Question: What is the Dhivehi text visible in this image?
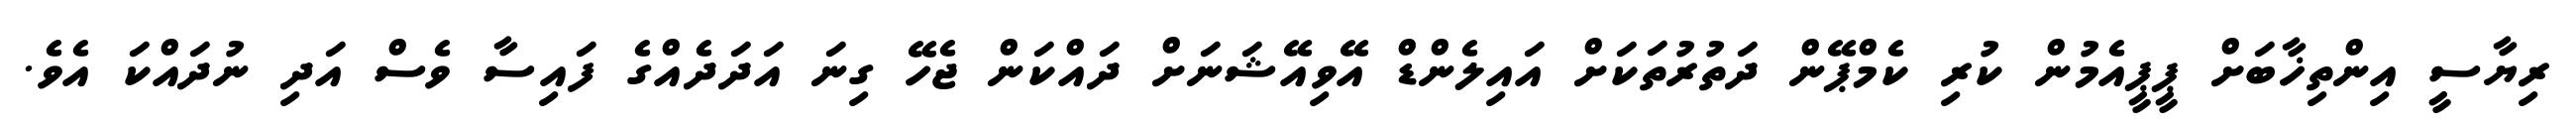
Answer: ރިޔާސީ އިންތިޚާބަށް ޕީޕީއެމުން ކުރި ކެމްޕޭން ދަތުރުތަކަށް އައިލެންޑް އޭވިއޭޝަނަށް ދައްކަން ޖެހޭ ގިނަ އަދަދެއްގެ ފައިސާ ވެސް އަދި ނުދައްކަ އެވެ.